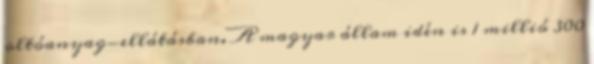
oltóanyag-ellátásban. A magyar állam idén is 1 millió 300